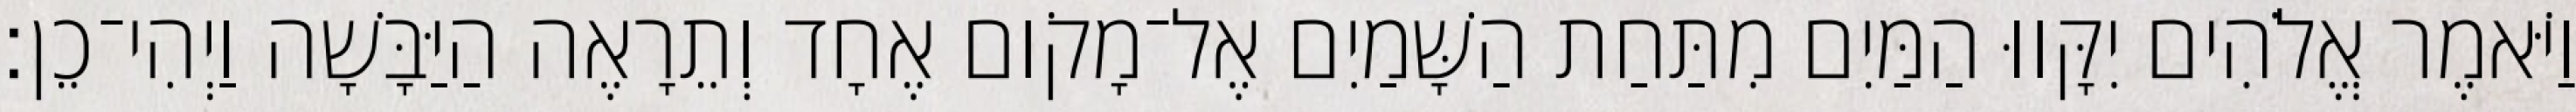
וַיֹּאמֶר אֱלֹהִים יִקָּווּ הַמַּיִם מִתַּחַת הַשָּׁמַיִם אֶל־מָקֹום אֶחָד וְתֵרָאֶה הַיַּבָּשָׁה וַיְהִי־כֵן׃